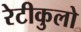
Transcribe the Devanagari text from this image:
रेटीकुलो